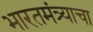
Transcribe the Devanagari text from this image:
भारतमंत्र्याचा